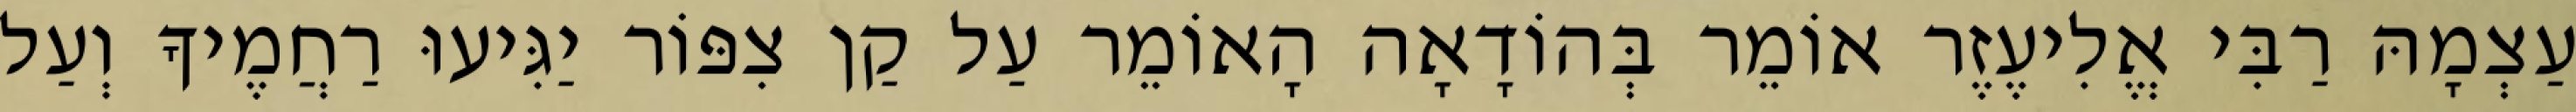
עַצְמָהּ רַבִּי אֱלִיעֶזֶר אוֹמֵר בְּהוֹדָאָה הָאוֹמֵר עַל קַן צִפּוֹר יַגִּיעוּ רַחֲמֶיךָ וְעַל